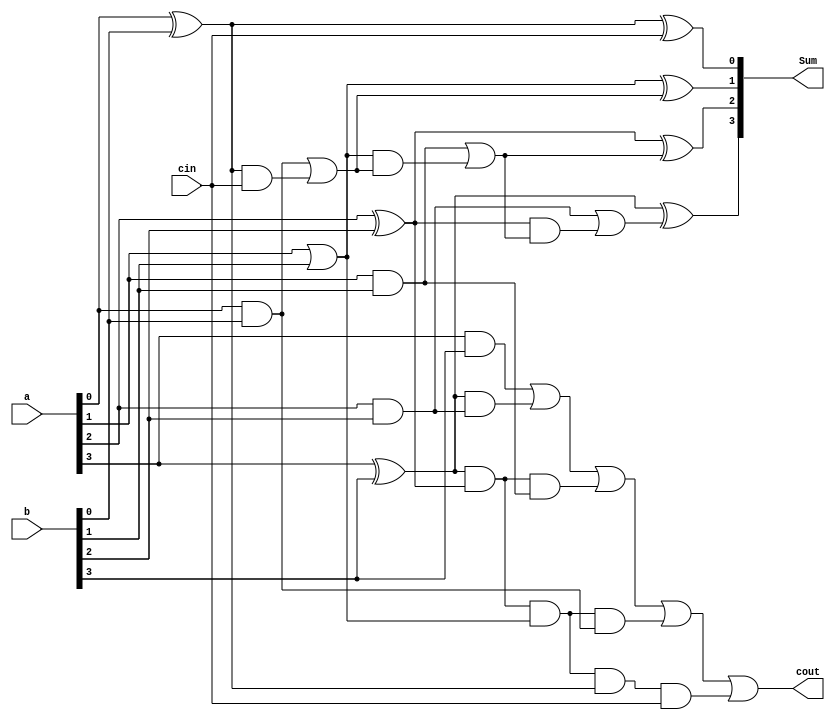
module full4_adder3(
    input [3:0] a,b,
    input cin,
    output [3:0] Sum,
    output cout
    );
    
    wire [3:0] G, P;
    wire [3:0] Sum;
    
    assign G[0] = a[0] & b[0];
    assign P[0] = a[0] ^ b[0];
    assign Sum[0] = P[0] ^ cin;
    assign P[1] = a[1] | b[1];
    assign G[1] = a[1] & b[1];
    assign Sum[1] = P[1] ^ (G[0] | (P[0] & cin));
    assign P[2] = a[2] ^ b[2];
    assign G[2] = a[2] & b[2];
    assign Sum[2] = P[2] ^ (G[1] | (P[1] & (G[0] | (P[0] & cin))));
    assign P[3] = a[3] ^ b[3];
    assign G[3] = a[3] & b[3];
    assign Sum[3] = P[3] ^ (G[2] | P[2] & (G[1] | (P[1] & (G[0] | (P[0] & cin)))));
    assign cout = G[3] | (P[3] & G[2]) | (P[3] & P[2] & G[1]) | (P[3] & P[2] & P[1] & G[0]) | (P[3] & P[2] & P[1] & P[0] & cin);
endmodule